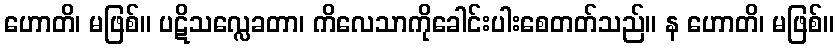
ဟောတိ၊ မဖြစ်။ ပဋိသလ္လေခတာ၊ ကိလေသာကိုခေါင်းပါးစေတတ်သည်။ န ဟောတိ၊ မဖြစ်။